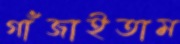
গাঁজাইতাম